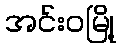
အင်းဝမြို့